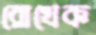
রোখেক